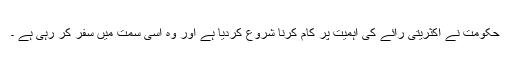
حکومت نے اکثریتی رائے کی اہمیت پر کام کرنا شروع کردیا ہے اور وہ اسی سمت میں سفر کر رہی ہے ۔